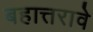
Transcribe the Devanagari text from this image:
बहात्तरावे